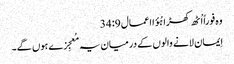
وہ فوراً اُٹھ کھڑا ہُؤا اعمال 9: 34
اِیمان لانے والوں کے درمیان یہ مُعجِزے ہوں گے۔